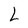
Character: L